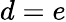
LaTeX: d=e